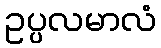
ဥပ္ပလမာလံ